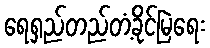
ရေရှည်တည်တံ့ခိုင်မြဲရေး